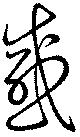
感